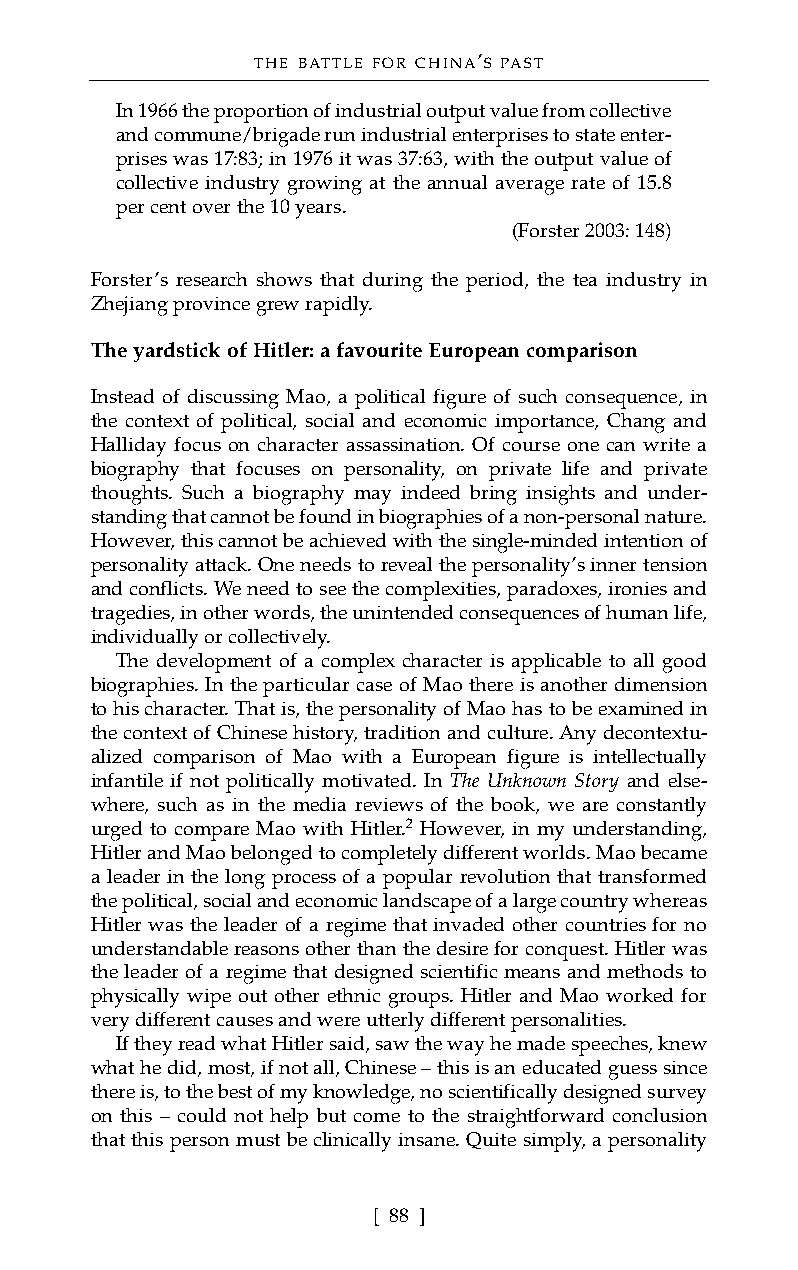
THE BATTLE FOR CHINA’S PAST
 In 1966 the proportion of industrial output value from collective
 and commune/brigade run industrial enterprises to state enter-
 prises was 17:83; in 1976 it was 37:63, with the output value of
 collective industry growing at the annual average rate of 15.8
 per cent over the 10 years.
 (Forster 2003: 148)
 Forster’s research shows that during the period, the tea industry in
 Zhejiang province grew rapidly.
 The yardstick of Hitler: a favourite European comparison
 Instead of discussing Mao, a political figure of such consequence, in
 the context of political, social and economic importance, Chang and
 Halliday focus on character assassination. Of course one can write a
 biography that focuses on personality, on private life and private
 thoughts. Such a biography may indeed bring insights and under-
 standing that cannot be found in biographies of a non-personal nature.
 However, this cannot be achieved with the single-minded intention of
 personality attack. One needs to reveal the personality’s inner tension
 and conflicts. We need to see the complexities, paradoxes, ironies and
 tragedies, in other words, the unintended consequences of human life,
 individually or collectively.
 The development of a complex character is applicable to all good
 biographies. In the particular case of Mao there is another dimension
 to his character. That is, the personality of Mao has to be examined in
 the context of Chinese history, tradition and culture. Any decontextu-
 alized comparison of Mao with a European figure is intellectually
 infantile if not politically motivated. In The Unknown Story and else-
 where, such as in the media reviews of the book, we are constantly
 urged to compare Mao with Hitler.2 However, in my understanding,
 Hitler and Mao belonged to completely different worlds. Mao became
 a leader in the long process of a popular revolution that transformed
 the political, social and economic landscape of a large country whereas
 Hitler was the leader of a regime that invaded other countries for no
 understandable reasons other than the desire for conquest. Hitler was
 the leader of a regime that designed scientific means and methods to
 physically wipe out other ethnic groups. Hitler and Mao worked for
 very different causes and were utterly different personalities.
 If they read what Hitler said, saw the way he made speeches, knew
 what he did, most, if not all, Chinese – this is an educated guess since
 there is, to the best of my knowledge, no scientifically designed survey
 on this – could not help but come to the straightforward conclusion
 that this person must be clinically insane. Quite simply, a personality
 [ 88 ]